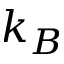
k _ { B }